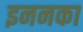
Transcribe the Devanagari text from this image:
इननका